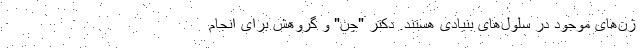
ژن‌های موجود در سلول‌های بنیادی هستند. دکتر "چن" و گروهش برای انجام